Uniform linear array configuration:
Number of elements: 32
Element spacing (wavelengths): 0.5
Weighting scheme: hamming
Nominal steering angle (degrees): -45
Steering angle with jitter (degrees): -44.85
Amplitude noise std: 0.05
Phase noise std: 0.05

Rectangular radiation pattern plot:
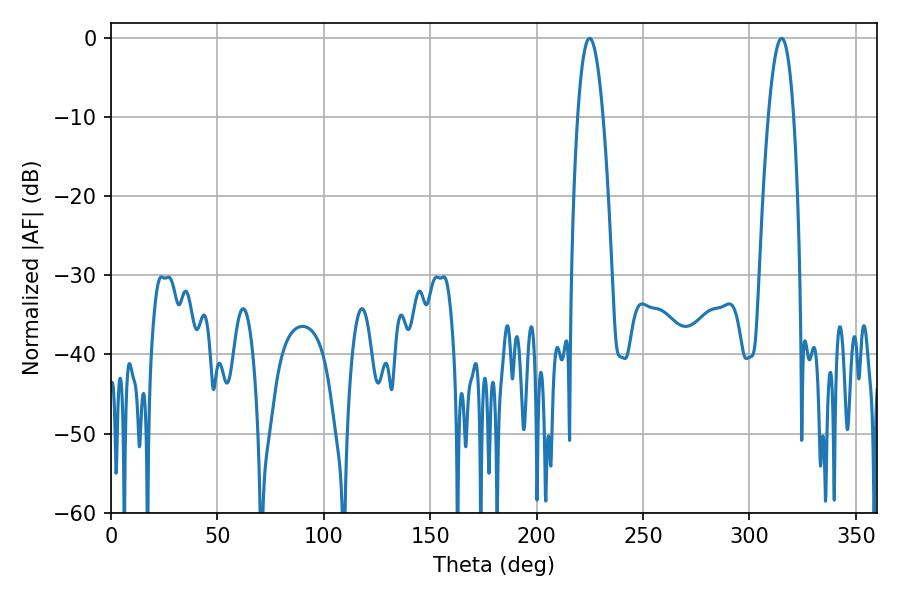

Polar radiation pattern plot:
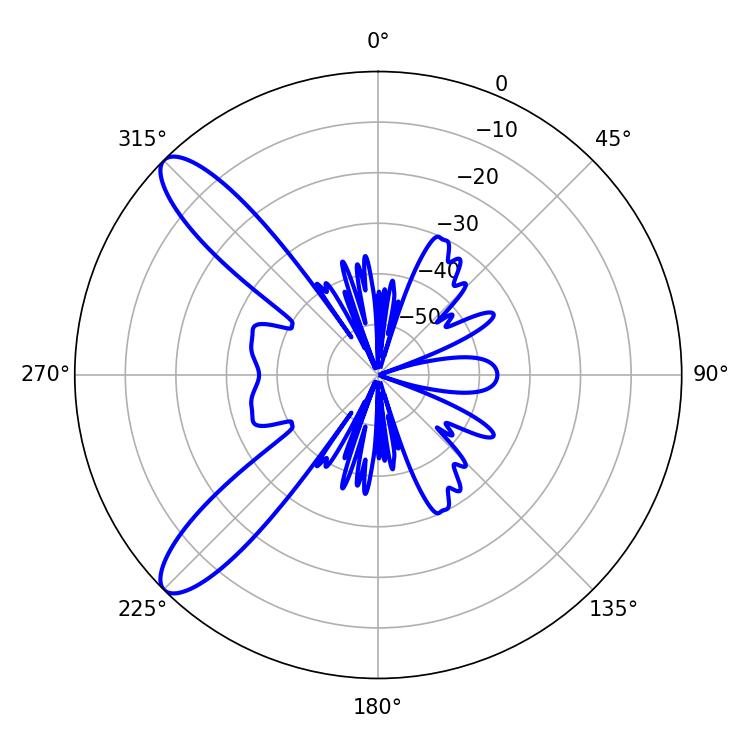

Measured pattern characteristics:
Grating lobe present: FALSE
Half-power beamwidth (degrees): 6.48
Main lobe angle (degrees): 224.82